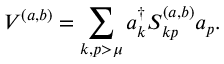
V ^ { ( a , b ) } = \sum _ { k , p > \mu } a _ { k } ^ { \dagger } S _ { k p } ^ { ( a , b ) } a _ { p } .